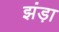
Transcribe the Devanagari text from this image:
झंड़ा